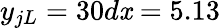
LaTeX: y_{jL}=30d\mathit{x}=5.13